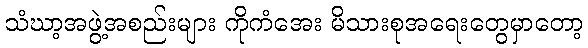
သံဃာ့အဖွဲ့အစည်းများ ကိုကံအေး မိသားစုအရေးတွေမှာတော့